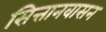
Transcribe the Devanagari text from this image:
सित्तानवासन